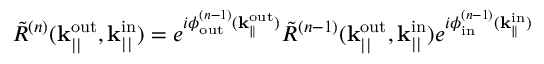
\Tilde { R } ^ { ( n ) } ( \mathbf { k } _ { | | } ^ { \mathrm { o u t } } , \mathbf { k } _ { | | } ^ { \mathrm { i n } } ) = e ^ { i \phi _ { \mathrm { o u t } } ^ { ( n - 1 ) } ( \mathbf { k } _ { \parallel } ^ { \mathrm { o u t } } ) } \Tilde { R } ^ { ( n - 1 ) } ( \mathbf { k } _ { | | } ^ { \mathrm { o u t } } , \mathbf { k } _ { | | } ^ { \mathrm { i n } } ) e ^ { i \phi _ { \mathrm { i n } } ^ { ( n - 1 ) } ( \mathbf { k } _ { \parallel } ^ { \mathrm { i n } } ) }